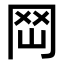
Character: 𡶬